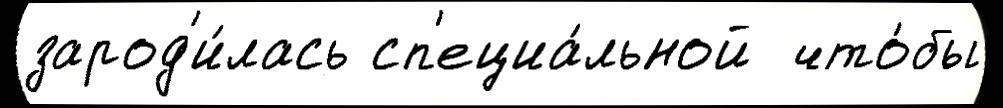
зарод'и́лась сп'ециа́льной  что́бы